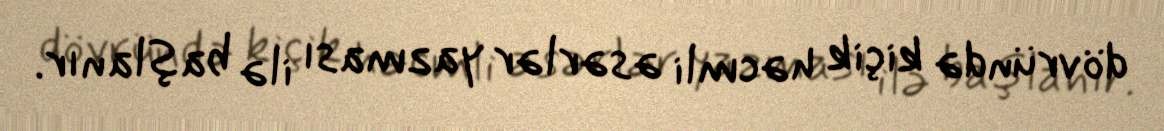
dövründə kiçik həcmli əsərlər yazması ilə başlanır.